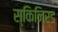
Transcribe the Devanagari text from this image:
स्किनिर्ड